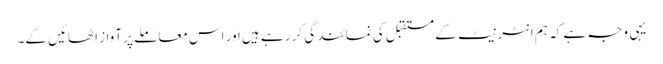
یہی وجہ ہے کہ ہم انٹرنیٹ کے مستقبل کی نمائندگی کر رہے ہیں اور اس معاملے پر آواز اٹھائیں گے۔